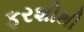
ફરશીથી